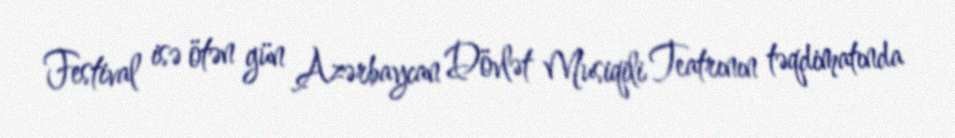
Festival isə ötən gün Azərbaycan Dövlət Musiqili Teatrının təqdimatında